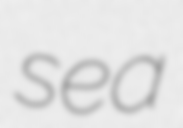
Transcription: sea